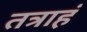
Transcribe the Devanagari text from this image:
तत्राहं